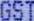
GST